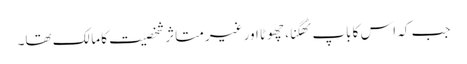
جب کہ اس کا باپ ٹھگنا، چھوٹا اور غیر متاثر شخصیت کا مالک تھا۔